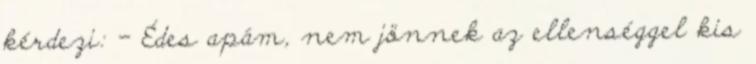
kérdezi: - Édes apám, nem jönnek az ellenséggel kis